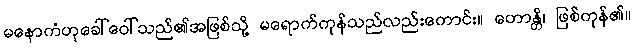
မနောကံဟုခေါ်ဝေါ်သည်၏အဖြစ်သို့ မရောက်ကုန်သည်လည်းကောင်း။ ဟောန္တိ၊ ဖြစ်ကုန်၏။